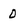
Character: 0